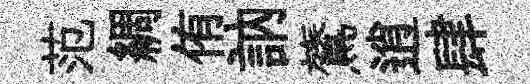
范綢侑訥鷟逍肆